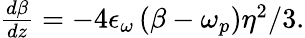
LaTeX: \begin{array}{rlr}{\frac{d\beta}{dz}=-4\epsilon_{\omega}\left(\beta-\omega_{p}\right)\eta^{2}/3.}\end{array}